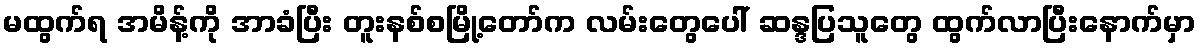
မထွက်ရ အမိန့်ကို အာခံပြီး တူးနစ်စမြို့တော်က လမ်းတွေပေါ် ဆန္ဒပြသူတွေ ထွက်လာပြီးနောက်မှာ